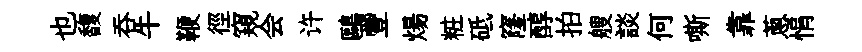
也馥呑牛鞭徑窺会许鷗豐煬粧砥窿醇拍艘談何嘶靠蔥悁